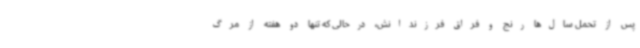
پس از تحمل سال‌ها رنج و فراق فرزندانش، درحالی که تنها دو هفته از مرگ